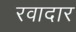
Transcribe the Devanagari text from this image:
रवादार